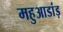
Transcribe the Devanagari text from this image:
महुआडांड़